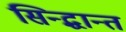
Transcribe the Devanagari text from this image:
सिन्द्धान्त